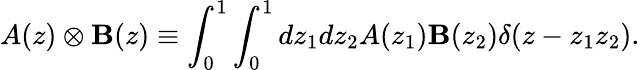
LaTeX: A(z)\otimes\mathbf{B}(z)\equiv\int_{0}^{1}\int_{0}^{1}dz_{1}dz_{2}A(z_{1})\mathbf{B}(z_{2})\delta(z-z_{1}z_{2}).